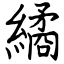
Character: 繘